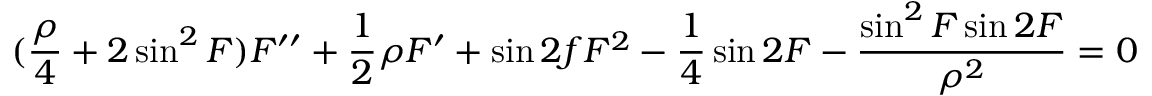
( { \frac { \rho } { 4 } } + 2 \sin ^ { 2 } { F } ) F ^ { \prime \prime } + { \frac { 1 } { 2 } } \rho F ^ { \prime } + \sin { 2 f } F ^ { 2 } - { \frac { 1 } { 4 } } \sin { 2 F } - { \frac { \sin ^ { 2 } { F } \sin { 2 F } } { \rho ^ { 2 } } } = 0